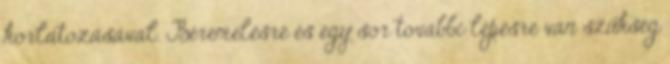
korlátozásával. Béremelésre és egy sor további lépésre van szükség